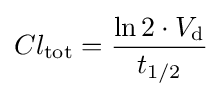
Cl_{\text{tot}}={\dfrac {\ln 2\cdot V_{\text{d}}}{t_{1/2}}}